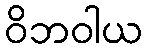
ဝိဘဝါယ